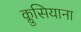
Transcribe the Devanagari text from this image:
क्लुसियाना